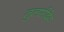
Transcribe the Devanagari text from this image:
तुलसीदेव